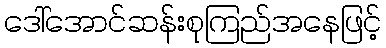
ဒေါ်အောင်ဆန်းစုကြည်အနေဖြင့်